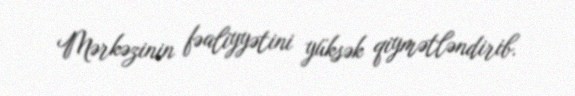
Mərkəzinin fəaliyyətini yüksək qiymətləndirib.